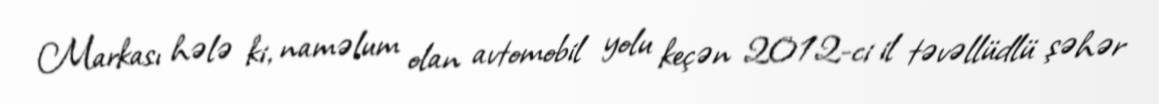
Markası hələ ki, naməlum olan avtomobil yolu keçən 2012-ci il təvəllüdlü şəhər